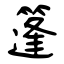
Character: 篷